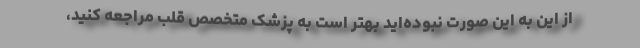
از این به این صورت نبوده‌اید بهتر است به پزشک متخصص قلب مراجعه کنید،